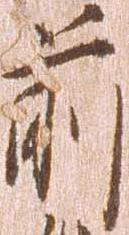
前